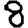
Digit: 8